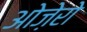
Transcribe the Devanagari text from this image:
ओज़ेरो